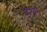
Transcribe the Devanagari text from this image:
डेटस्‌